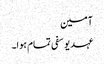
آمین
عہد یوسفی تمام ہوا۔